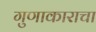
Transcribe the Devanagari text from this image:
गुणाकाराचा